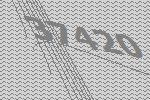
37420